Source: Handwritten
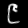
Digit: ၉ (9)